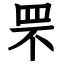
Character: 罘